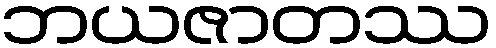
ဘယဇာတဿ